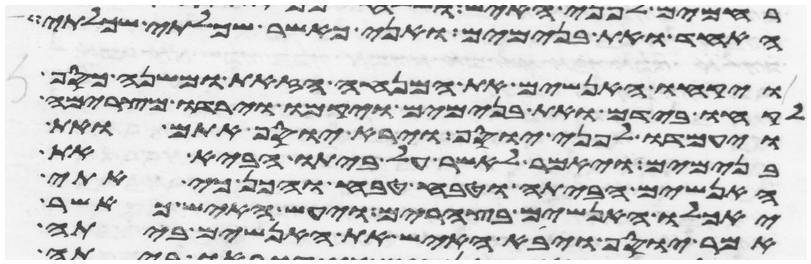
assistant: האחד ואת בנימים ואני כאשר שכלתי שכלתי
ויקחו האנשים את המנחה הזאת ומשנה כסף
לקחו בידם ואת בנימים ויקמו וירדו מצרימה
ויעמדו לפני יוסף וירא יוסף אתם ואת
בנימים ויאמר לאשר על ביתו הבא את
האנשים הביתה וטבח טבח והכן כי אתי
יאכלו האנשים בצהרים ויעש האיש כאשר
אמר יוסף ויבא האיש את האנשים ביתה